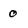
Character: 0